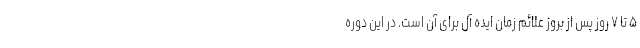
۵ تا ۷ روز پس از بروز علائم زمان ایده آل برای آن است. در این دوره